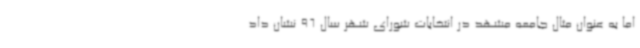
اما به عنوان مثال جامعه مشهد در انتخابات شورای شهر سال 96 نشان داد